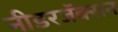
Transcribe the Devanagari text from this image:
नीडरजॅक्सन